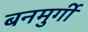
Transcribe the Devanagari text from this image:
बनमुर्गी